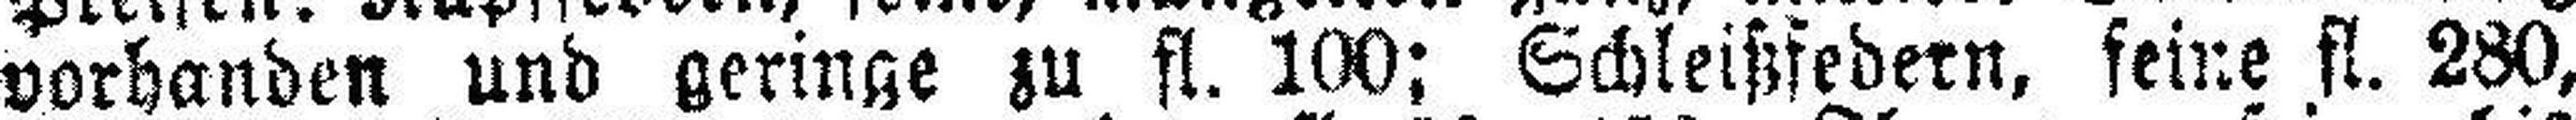
vorhanden und geringe zu fl. 100; Schleißfedern, feine fl. 280,